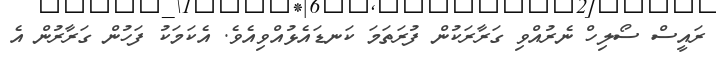
ރައީސް ސޯލިހް ނެރުއްވި ގަރާރަކުން ފުރަތަމަ ކަނޑައެޅުއްވިއެވެ. އެކަމަކު ފަހުން ގަރާރުން އެ